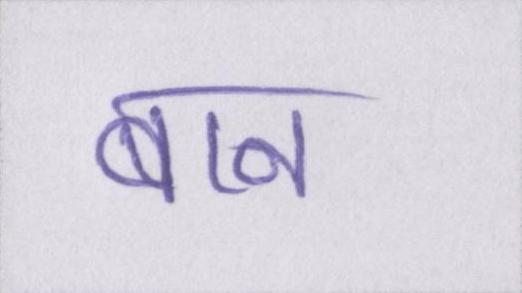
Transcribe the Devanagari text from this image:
बान